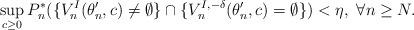
LaTeX: \begin{align*}\sup_{c \ge 0}P_n^*(\{V^I_n(\theta_n^\prime,c)\ne\emptyset\}\cap \{V_n^{I,-\delta}(\theta_n^\prime,c)=\emptyset\})<\eta,~\forall n\ge N.\end{align*}